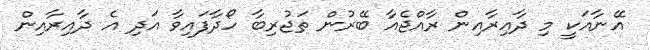
އޭނާއަކީ މި ދާއިރާއިން ރާއްޖެއާ ބޭރުން ތަޖުރިބާ ހޯދާފައިވާ އަދި އެ ދާއިރާއިން